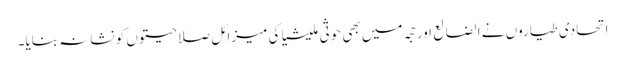
اتحادی طیاروں نے الضالع اور حجہ میں بھی حوثی ملیشیا کی میزائل صلاحیتوں کو نشانہ بنایا۔